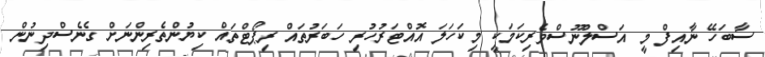
ސާބަހޭ ނާއިފް މީ އަސްލުނޫސްވެރިކަމަކީ މިކަހަލަ އޮއްޓަރުހުރި ހަބަރުތައް ރިޕޯޓްތައް ކިޔުންތެރިންނަށް ގެނެސްދިނުން